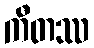
ကီတဿ